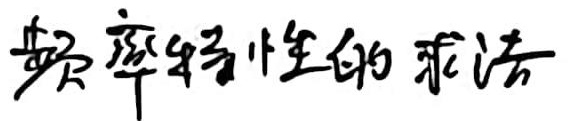
频率特性的求法